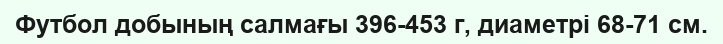
Футбол добының салмағы 396-453 г, диаметрі 68-71 см.